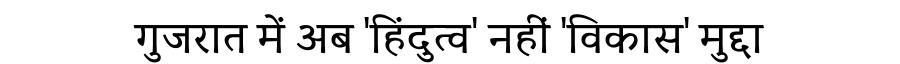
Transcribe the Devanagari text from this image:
गुजरात में अब 'हिंदुत्व' नहीं 'विकास' मुद्दा